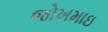
જોખમાઇ